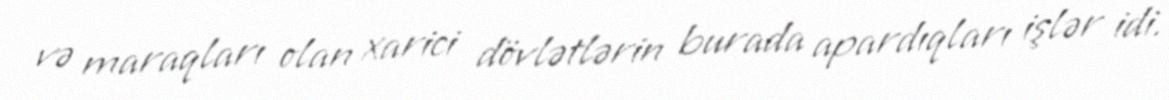
və maraqları olan xarici dövlətlərin burada apardıqları işlər idi.